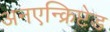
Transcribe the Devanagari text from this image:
अनएन्क्रिप्टेड